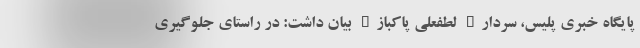
پایگاه خبری پلیس، سردار" لطفعلی پاکباز" بیان داشت: در راستای جلوگیری